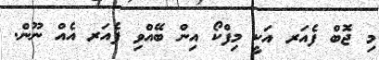
މި ޖޮބް ފެއަރ އަކީ މިފްކޯ އިން ބޭއްވި ފެއަރ އެއް ނޫން.